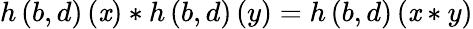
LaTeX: h\left(b,d\right)\left(\mathit{x}\right)*h\left(b,d\right)\left(y\right)=h\left(b,d\right)\left(\mathit{x}*y\right)